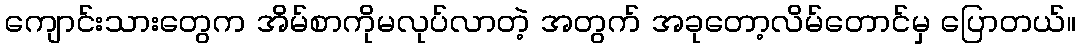
ကျောင်းသားတွေက အိမ်စာကိုမလုပ်လာတဲ့ အတွက် အခုတော့လိမ်တောင်မှ ပြောတယ်။